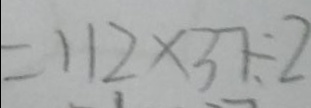
= 1 1 2 \times 3 7 \div 2